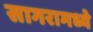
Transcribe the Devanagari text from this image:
सागरामध्ये